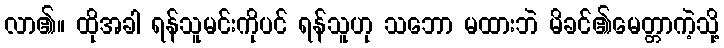
လာ၏။ ထိုအခါ ရန်သူမင်းကိုပင် ရန်သူဟု သဘော မထားဘဲ မိခင်၏မေတ္တာကဲ့သို့